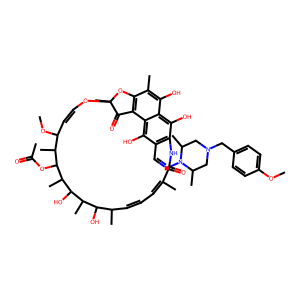
SMILES: COc1ccc(CN2CC(C)N(N=Cc3c4c(O)c5c(O)c(C)c6c(c5c3O)C(=O)C(C)(OC=CC(OC)C(C)C(OC(C)=O)C(C)C(O)C(C)C(O)C(C)C=CC=C(C)C(=O)N4)O6)C(C)C2)cc1
Inhibits HIV replication: No